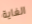
الغاية